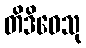
တိဒိဝေသု